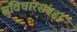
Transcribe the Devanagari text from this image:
सुविचारसंग्रहा